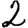
Digit: 2